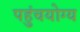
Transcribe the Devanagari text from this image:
पहुंचयोग्य